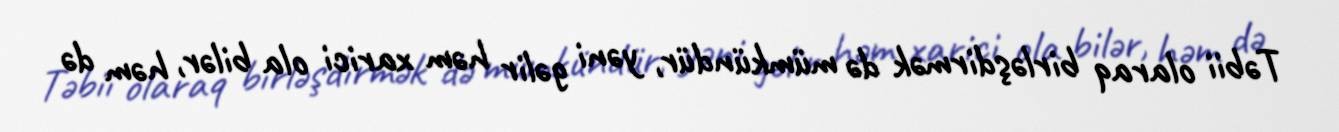
Təbii olaraq birləşdirmək də mümkündür, yəni gəlir həm xarici ola bilər, həm də